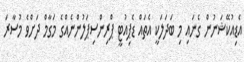
އެޑިއުކޭޝަނުން ގެނައި މި ބަދަލަކީ އެތައް ޑެޕިއުޓީ ޕްރިންސިޕަލުންނެއްގެ މަގާމް ދަށްވެ މުސާރަ